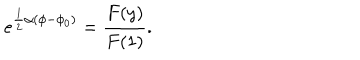
LaTeX: { e ^ { \frac { 1 } { 2 } \alpha ( \phi - \phi _ { 0 } ) } = \frac { F ( y ) } { F ( 1 ) } . }